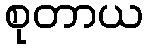
စုတာယ